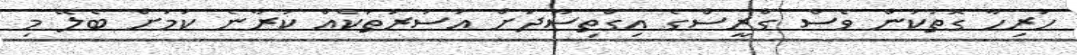
ހުރިހާ ގޮތަކުން ވެސް ގްރީސްގެ އިގްތިސާދަށް އަސަރުތަކެއް ކުރާނެ ކަމަށް ބެލޭ މި